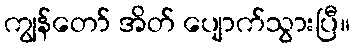
ကျွန်တော် အိတ် ပျောက်သွားပြီ။